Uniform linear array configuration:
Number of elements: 12
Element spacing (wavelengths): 0.75
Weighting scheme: binomial
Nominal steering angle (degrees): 30
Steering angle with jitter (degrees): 30.102
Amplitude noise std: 0.05
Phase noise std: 0.05

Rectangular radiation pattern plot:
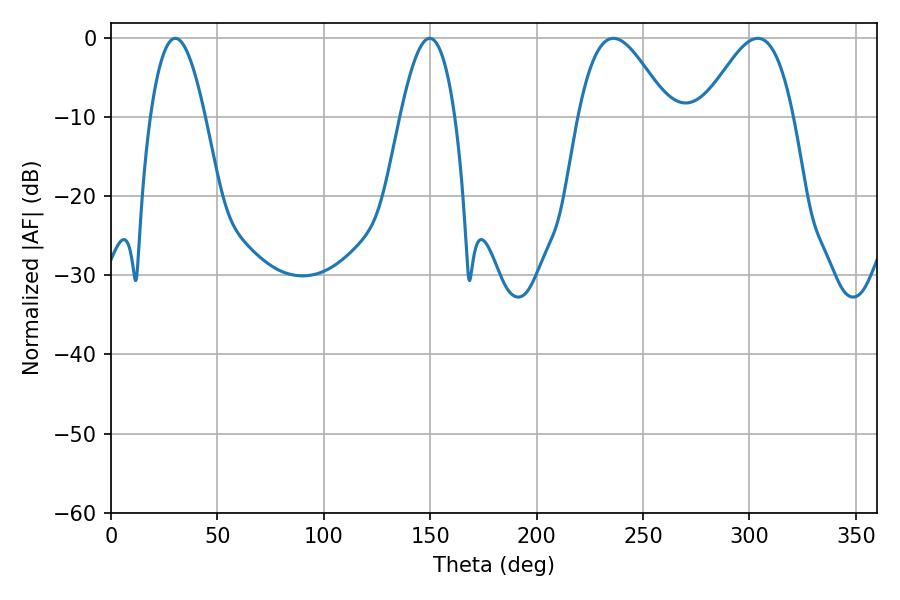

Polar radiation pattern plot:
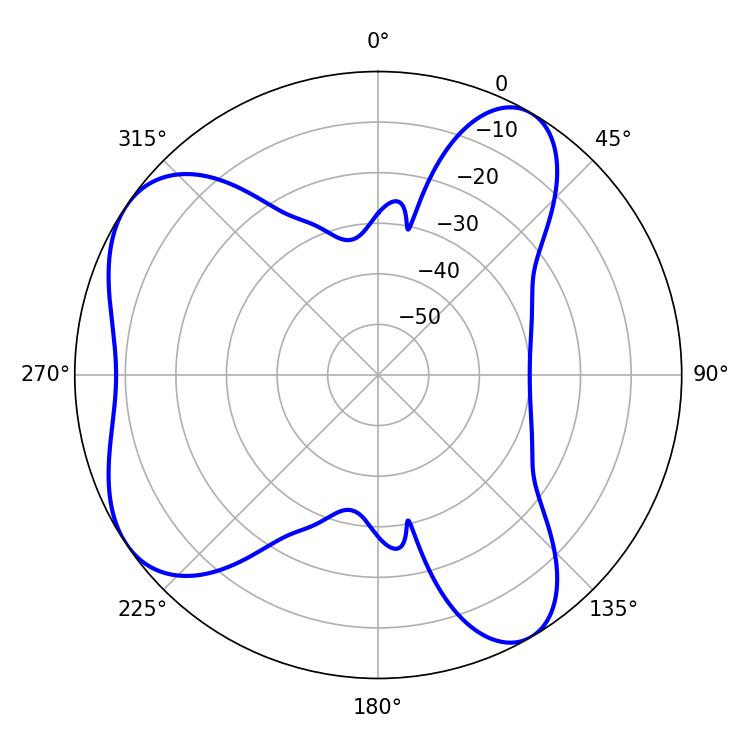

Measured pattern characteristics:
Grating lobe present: TRUE
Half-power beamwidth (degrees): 14.04
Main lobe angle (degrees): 30.24